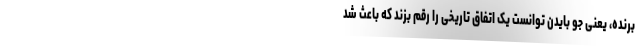
برنده، یعنی جو بایدن توانست یک اتفاق تاریخی را رقم بزند که باعث شد